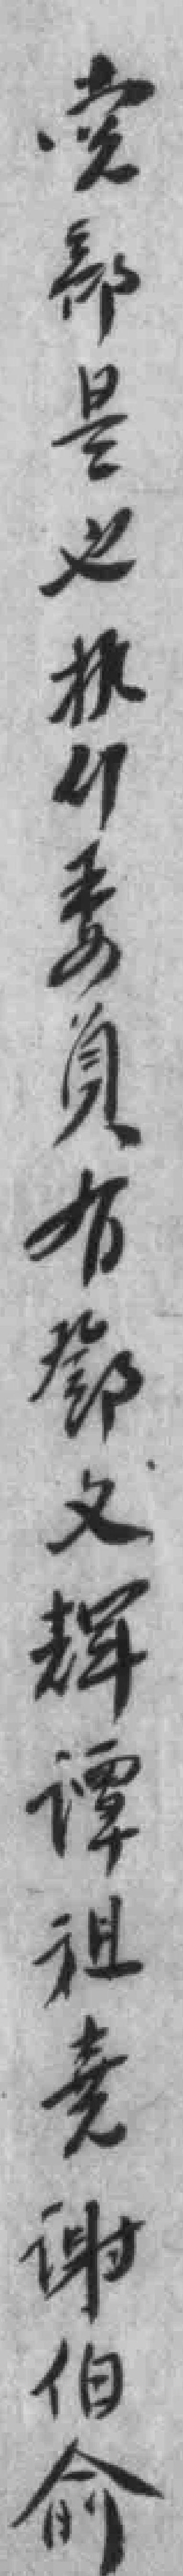
党部是*执行委員有鄧文辉谭祖堯谢伯俞